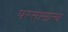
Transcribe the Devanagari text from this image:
परसामान्य